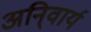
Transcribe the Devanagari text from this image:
अनि्वार्य